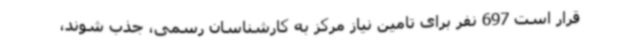
قرار است 697 نفر برای تامین نیاز مرکز به کارشناسان رسمی، جذب شوند،